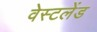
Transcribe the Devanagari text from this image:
वेस्टलेंड